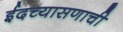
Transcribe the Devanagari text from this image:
ईदच्यासणाची